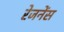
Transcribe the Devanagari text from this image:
रेजनेंस